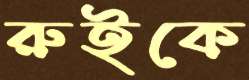
রুইকে